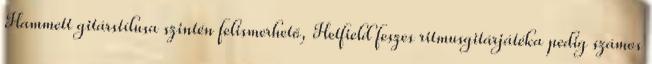
Hammett gitárstílusa szintén felismerhető, Hetfield feszes ritmusgitárjátéka pedig számos